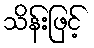
သိန်းဖြင့်